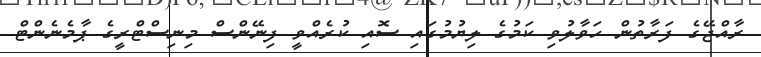
ރާއްޖޭގެ ފަރާތުން ހަވާލުވި ކަމުގެ ލިޔުމުގައި ސޮއި ކުރެއްވީ ފިނޭންސް މިނިސްޓްރީގެ ޕާމެނެންޓް